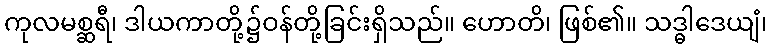
ကုလမစ္ဆရီ၊ ဒါယကာတို့၌ဝန်တို့ခြင်းရှိသည်။ ဟောတိ၊ ဖြစ်၏။ သဒ္ဓါဒေယျံ၊